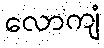
လောကျံ